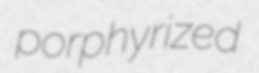
porphyrized